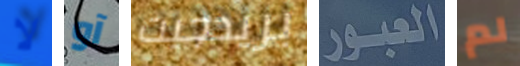
لا آو بريدجيت العبور لم